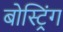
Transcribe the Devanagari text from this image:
बोस्ट्रिंग